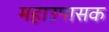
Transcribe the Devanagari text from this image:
महाउपासक